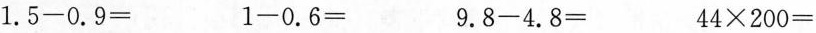
$$1 . 5 - 0 . 9 =$$ $$1 - 0 . 6 =$$ $$9 . 8 - 4 . 8 =$$ $$4 4 \times 2 0 0 =$$